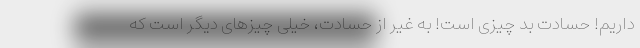
داریم! حسادت بد چیزی است! به غیر از حسادت، خیلی چیزهای دیگر است که